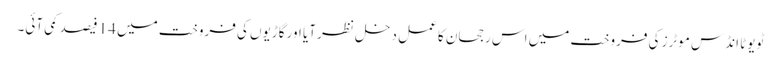
ٹویوٹا انڈس موٹرز کی فروخت میں اس رجحان کا عمل دخل نظر آیا اور گاڑیوں کی فروخت میں 14 فیصد کمی آئی۔